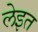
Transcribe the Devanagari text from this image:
लेइत